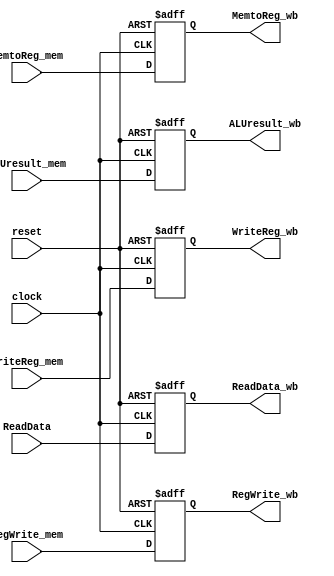
`timescale 1ns / 1ps
//////////////////////////////////////////////////////////////////////////////////
// Company: 
// Engineer: 
// 
// Design Name: 
// Module Name:    MEM_WB 
// Project Name: 
// Target Devices: 
// Tool versions: 
// Description: 
//
// Dependencies: 
//
// Revision: 
// Revision 0.01 - File Created
// Additional Comments: 
//
//////////////////////////////////////////////////////////////////////////////////

module MEM_WB (clock,reset,MemtoReg_mem,RegWrite_mem,ALUresult_mem,ReadData,WriteReg_mem,MemtoReg_wb,RegWrite_wb,ALUresult_wb,WriteReg_wb,ReadData_wb);
	input clock,reset,MemtoReg_mem,RegWrite_mem;
	input[31:0] ALUresult_mem,ReadData;
	input[4:0] WriteReg_mem;
	output reg MemtoReg_wb,RegWrite_wb;
	output reg[31:0] ALUresult_wb;
	output reg[4:0] WriteReg_wb;
	output reg[31:0] ReadData_wb;
	
	always @(posedge clock or posedge reset) begin
		if (reset)
			begin
				MemtoReg_wb = 0;
				RegWrite_wb = 0;
				ALUresult_wb = 32'b0;
				WriteReg_wb = 5'b0;
				ReadData_wb = 32'b0;
			end
		else
			begin
				MemtoReg_wb = MemtoReg_mem;
				RegWrite_wb = RegWrite_mem;
				ALUresult_wb = ALUresult_mem;
				WriteReg_wb = WriteReg_mem;
				ReadData_wb = ReadData;
			end
	end
endmodule